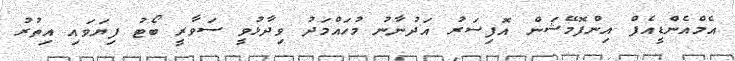
އެމްއެންޑީއެފް އިންފޮމޭޝަން އޮފިސަރު އަދުނާނު މުހައްމަދު ވިދާޅުވީ ސަވާރީ ބޯޓު ފިޔަވައި އިތުރު